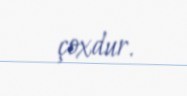
çoxdur.